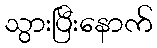
သွားပြီးနောက်